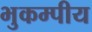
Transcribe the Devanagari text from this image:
भुकम्पीय